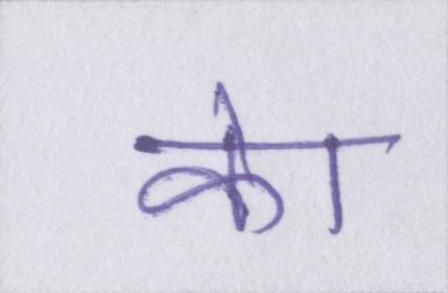
केा